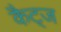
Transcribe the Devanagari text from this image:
कैट्ज